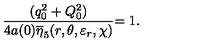
\frac { ( q _ { 0 } ^ { 2 } + Q _ { 0 } ^ { 2 } ) } { 4 a ( 0 ) \overline { { \eta } } _ { 5 } ( r , \theta , \varepsilon _ { r } , \chi ) } { = 1 . }